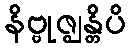
နိဗ္ဗုဇ္ဈန္တိပိ